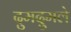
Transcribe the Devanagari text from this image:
दुमदुमले